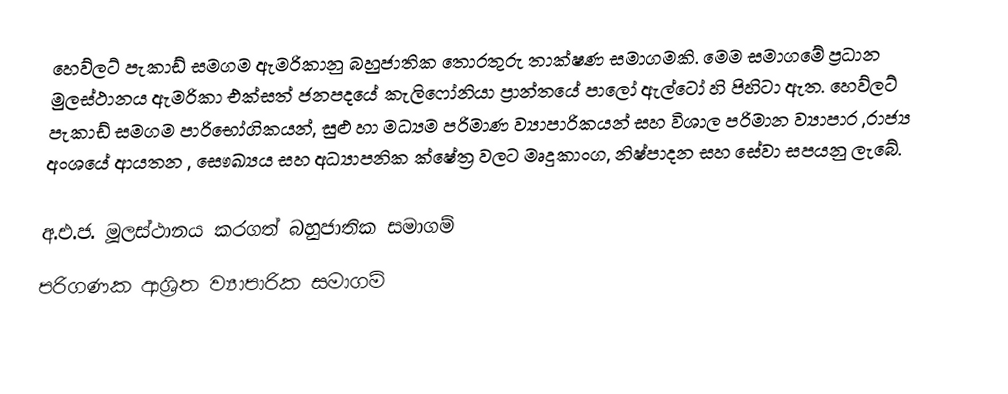
හෙව්ලට් පැකාඩ් සමගම ඇමරිකානු බහුජාතික තොරතුරු තාක්ෂණ සමාගමකි. මෙම සමාගමේ ප්‍රධාන මුලස්ථානය ඇමරිකා එක්සත් ජනපදයේ කැලිෆෝනියා ප්‍රාන්තයේ පාලෝ ඇල්ටෝ හි පිහිටා ඇත. හෙව්ලට් පැකාඩ් සමගම පාරිභෝගිකයන්, සුළු හා මධ්‍යම පරිමාණ ව්‍යාපාරිකයන් සහ විශාල පරිමාන ව්‍යාපාර ,රාජ්‍ය අංශයේ ආයතන , සෞඛ්‍යය සහ අධ්‍යාපනික ක්ෂේත්‍ර වලට මෘදුකාංග, නිෂ්පාදන සහ සේවා සපයනු ලැබේ.

අ.එ.ජ. මූලස්ථානය කරගත් බහුජාතික ‍සමාගම්
පරිගණක ආශ්‍රිත ව්‍යාපාරික සමාගම්